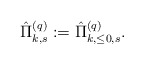
\begin{align*}\hat\Pi^{(q)}_{k,s}:=\hat\Pi^{(q)}_{k,\leq0,s}.\end{align*}